Lunatic asylums Punjab 1895-1910 - 1895-1910
Year: 1895
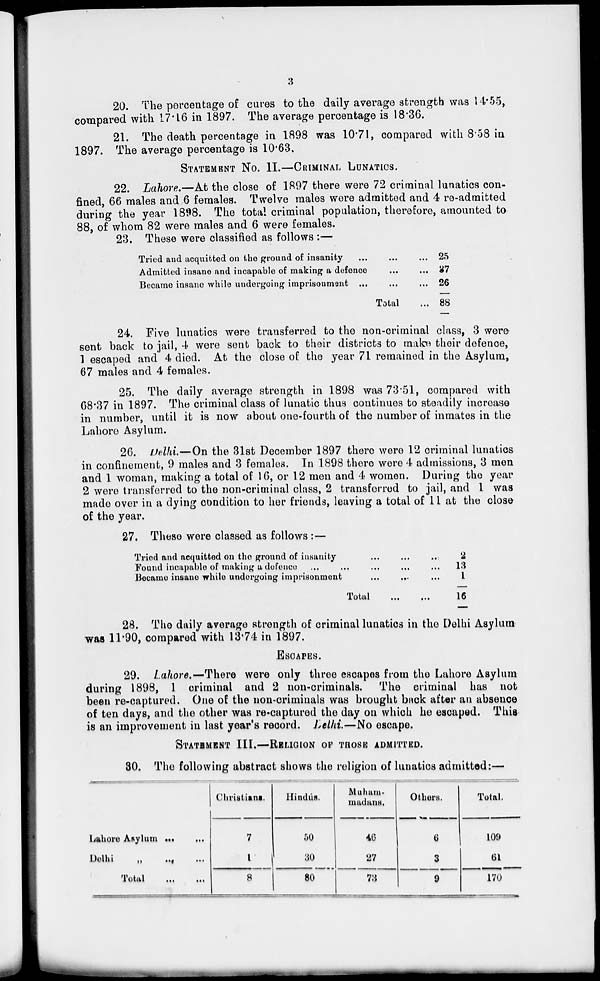
3
20. The percentage of cures to the daily average strength was 14.55,
compared with 17.16 in 1897. The average percentage is 18.36.
21. The death percentage in 1898 was 10.71, compared with 8.58 in
1897. The average percentage is 10.63.
STATEMENT NO. II.—CRIMINAL LUNATICS.
22. Lahore.—At the close of 1897 there were 72 criminal lunatics con-
fined, 66 males and 6 females. Twelve males were admitted and 4 re-admitted
during the year 1898. The total criminal population, therefore, amounted to
88, of whom 82 were males and 6 were females.
23. These were classified as follows :—
Tried and acquitted on the ground of insanity
...
...
...
Admitted insane and incapable of making a defence ... ...
Became insane while undergoing imprisonment ... ... ...
Total ...
25
37
26
88
24. Five lunatics were transferred to the non-criminal class, 3 were
sent back to jail, 4 were sent back to their districts to make their defence,
1 escaped and 4 died. At the close of the year 71 remained in the Asylum,
67 males and 4 females.
25. The daily average strength in 1898 was 73.51, compared with
68.37 in 1897. The criminal class of lunatic thus continues to steadily increase
in number, until it is now about one-fourth of the number of inmates in the
Lahore Asylum.
26. Delhi.—On the 31st December 1897 there were 12 criminal lunatics
in confinement, 9 males and 3 females. In 1898 there were 4 admissions, 3 men
and 1 woman, making a total of 16, or 12 men and 4 women. During the year
2 were transferred to the non-criminal class, 2 transferred to jail, and 1 was
made over in a dying condition to her friends, leaving a total of 11 at the close
of the year.
27. These were classed as follows : —
Tried and acquitted on the ground of insanity ... ... ...
Found incapable of milking a defence ... ... ... ...
Became insane while undergoing imprisonment ... ... ...
Total ... ...
2
13
1
16
28. The daily average strength of criminal lunatics in the Delhi Asylum
was 11.90, compared with 13.74 in 1897.
ESCAPES.
29. Lahore.—There were only three escapes from the Lahore Asylum
during 1898, 1 criminal and 2 non-criminals.
The criminal has not
been re-captured. One of the non-criminals was brought back after an absence
of ten days, and the other was re-captured the day on which he escaped. This
is an improvement in last year's record. Delhi.—No escape.
STATEMENT III.—RELIGION OF THOSE ADMITTED.
30. The following abstract shows the religion of lunatics admitted:—
Lahore Asylum
...
...
Delhi
„
...
...
Total
...
...
Christians.
7
1
8
Hindús.
50
30
80
Muham-
madans.
46
27
73
Others.
6
3
9
Total.
109
61
170